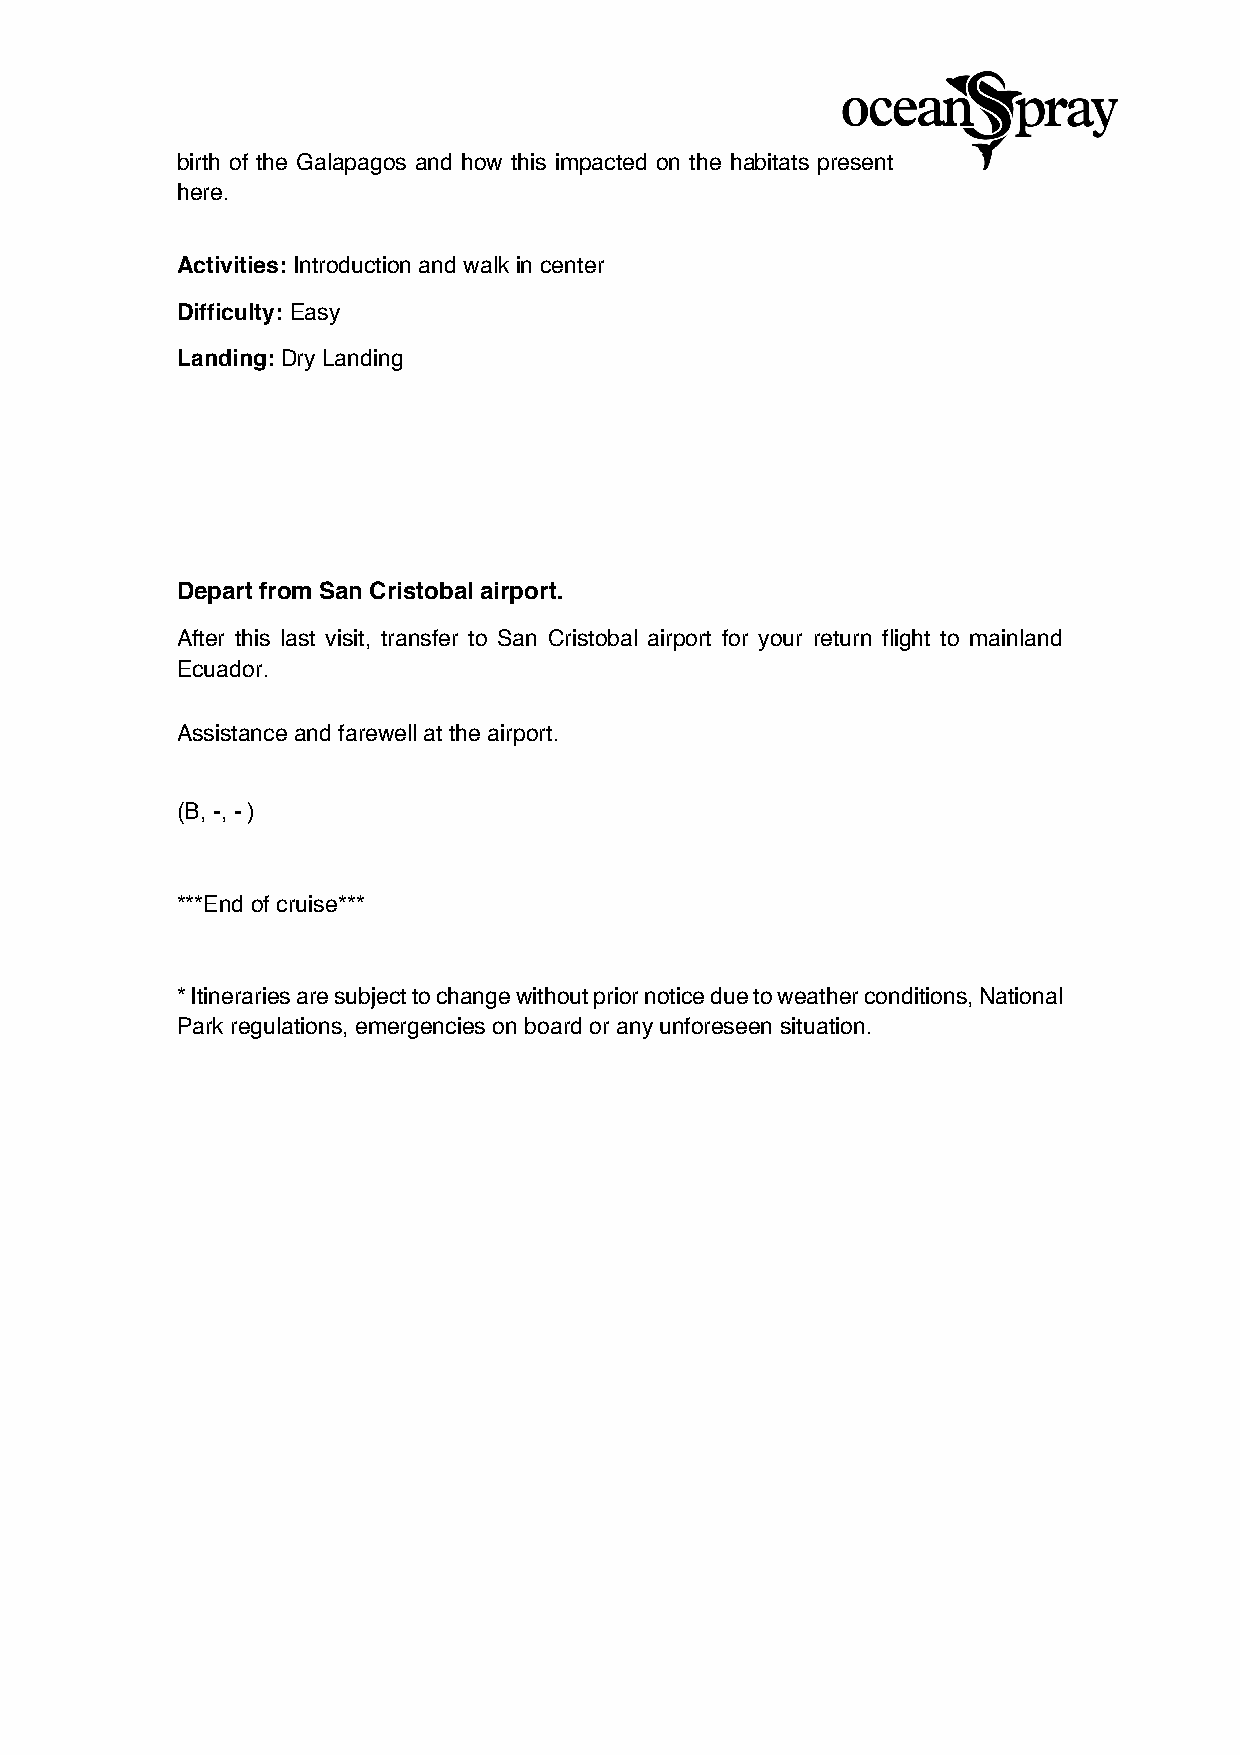
birth of the Galapagos and how this impacted on the habitats present
 here.
 Activities: Introduction and walk in center
 Difficulty: Easy
 Landing: Dry Landing
 Depart from San Cristobal airport.
 After this last visit, transfer to San Cristobal airport for your return flight to mainland
 Ecuador.
 Assistance and farewell at the airport.
 (B, -, - )
 ***End of cruise***
 * Itineraries are subject to change without prior notice due to weather conditions, National
 Park regulations, emergencies on board or any unforeseen situation.